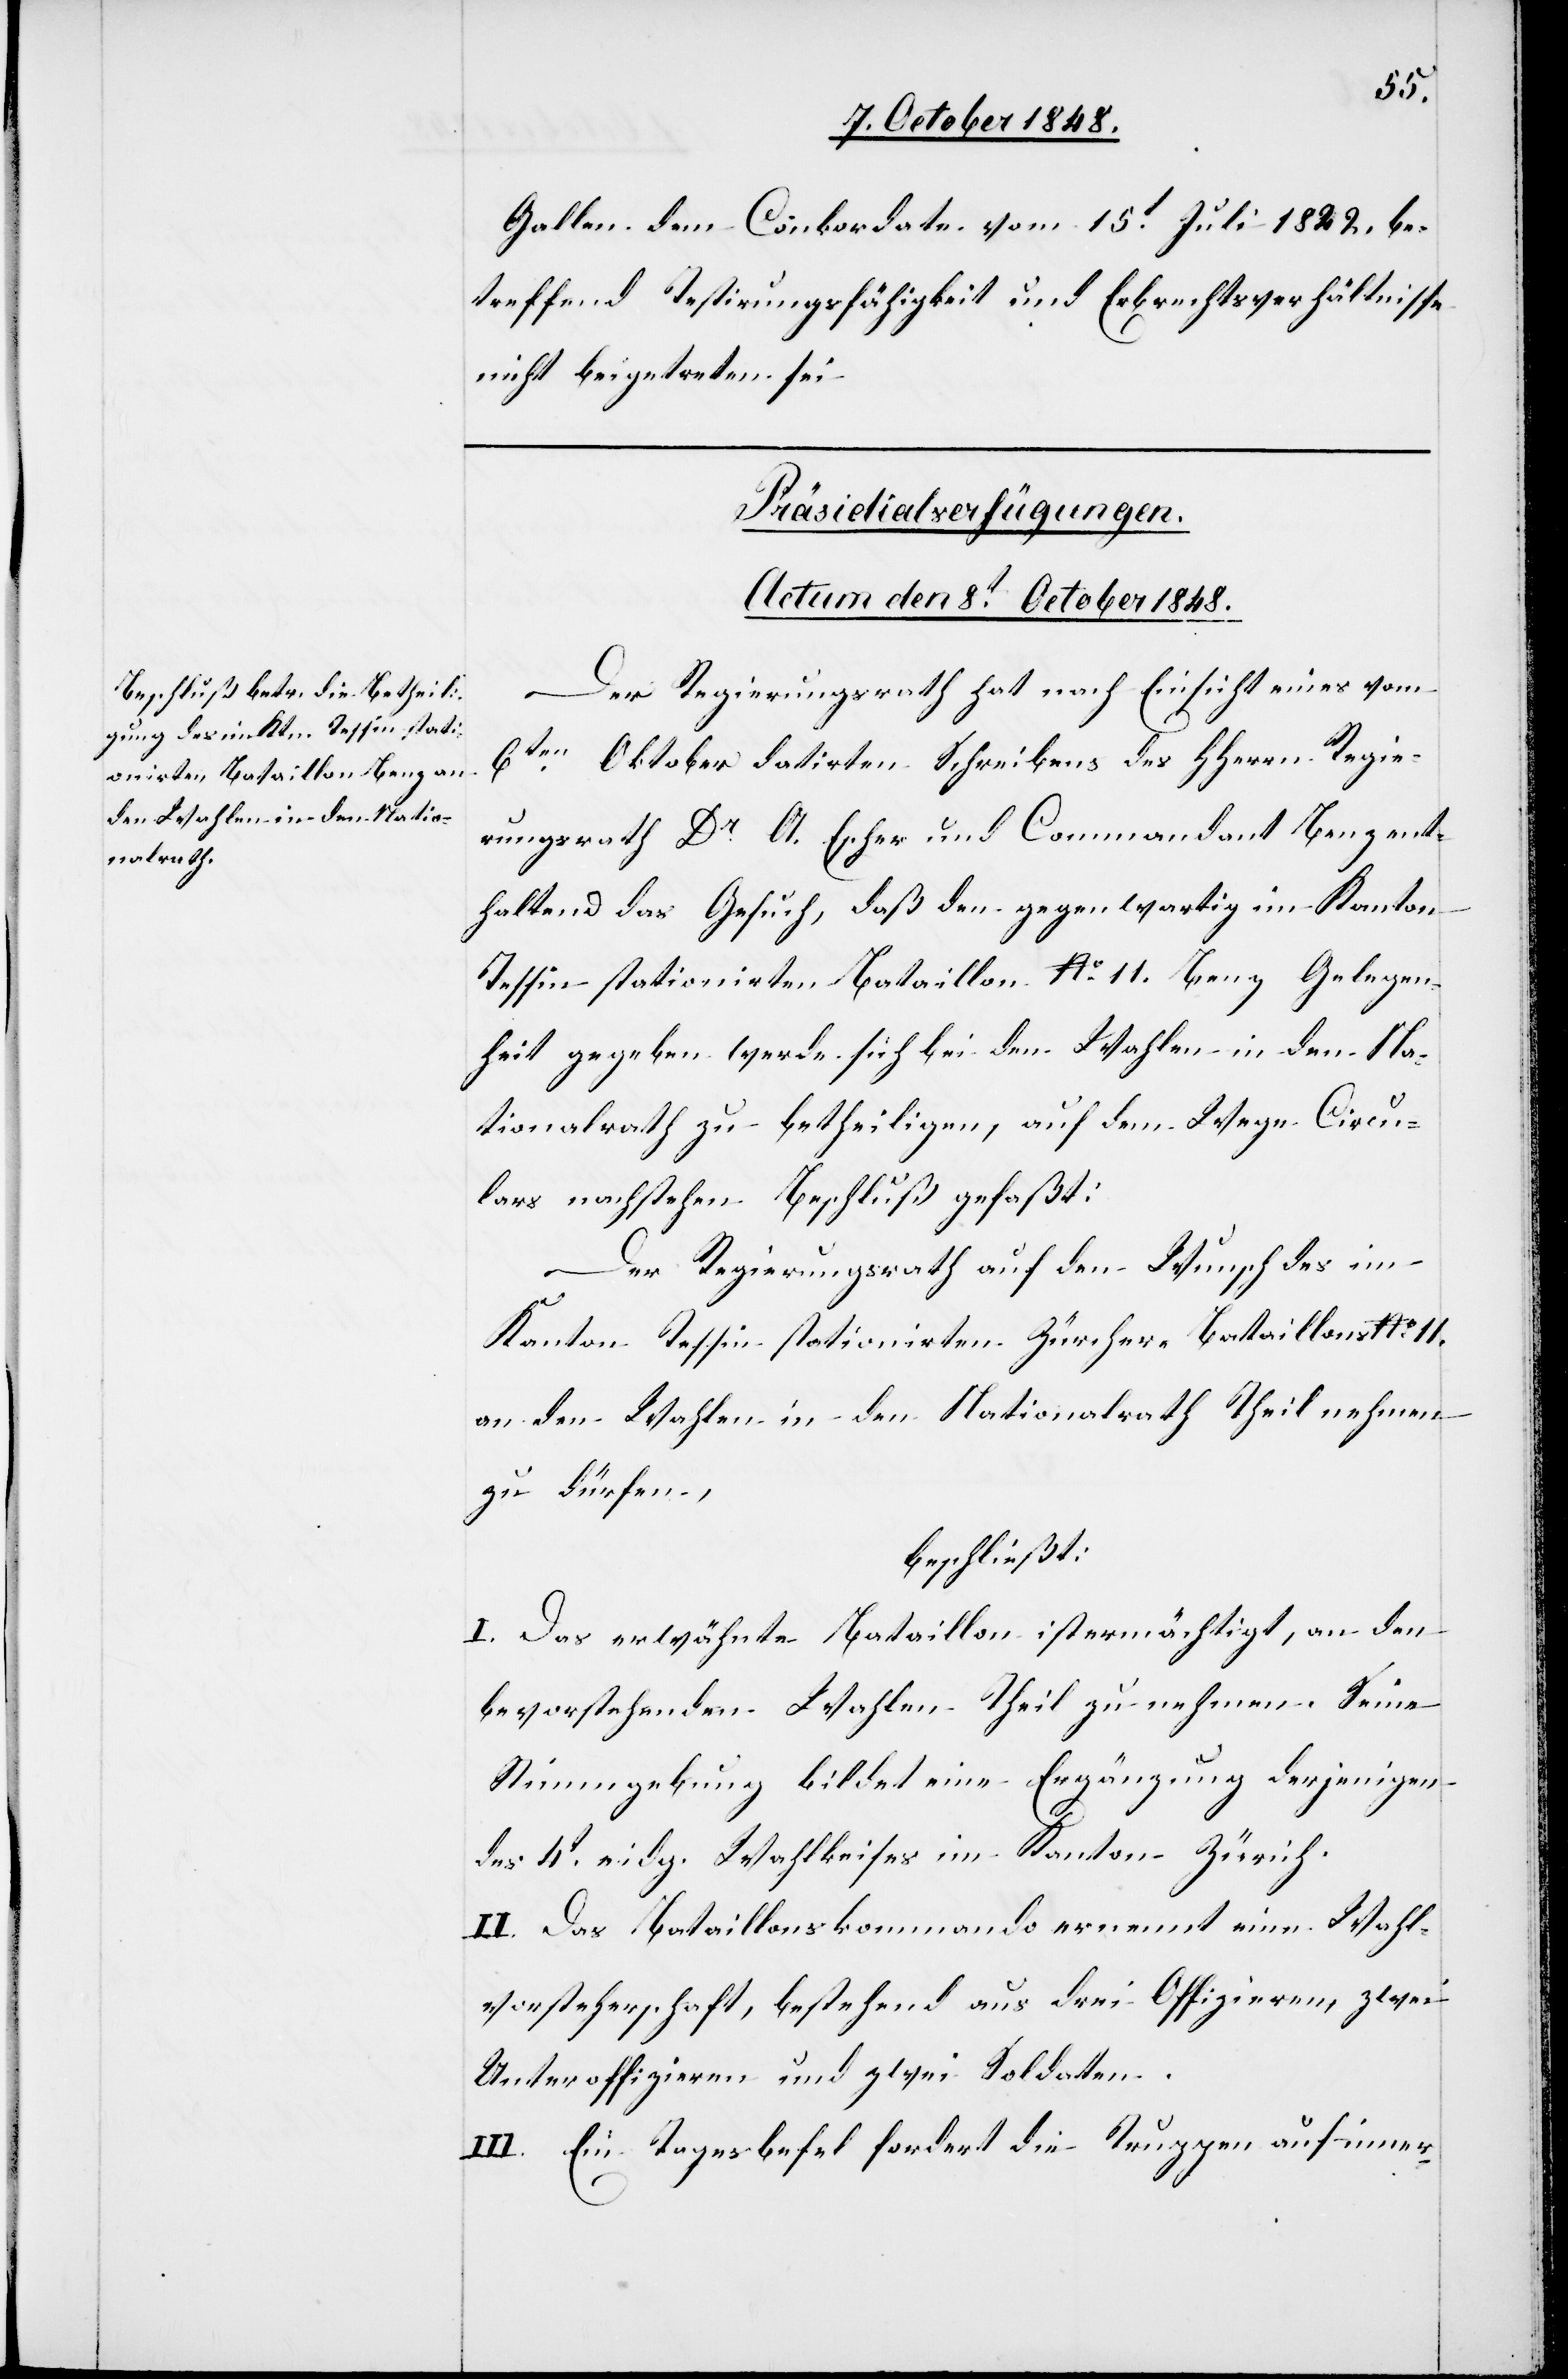
Gallen dem Conkordate vom 15t Juli 1822. be¬
treffend Testirungsfähigkeit und Erbsrechtsverhältnisse
nicht beigetreten sei.
Präsidialverfügungen.
Actum den 8t October 1848.
Der Regierungsrath hat nach Einsicht eines vom
6ten Oktober datirten Schreibens des HHerrn Regie¬
rungsrath Dr. A. Escher und Commandant Benz ent¬
haltend das Gesuch, daß den [sic!] gegenwartig im Kanton
Tessin stationirten Bataillon No. 11. Benz Gelegen¬
heit gegeben werde sich bei den Wahlen in den Na¬
tionalrath zu betheiligen, auf dem Wege Circu¬
lars nachstehen[den] Beschluß gefaßt:
Der Regierungsrath auf den Wunsch des im
Kanton Tessin stationirten Zürcher-Bataillons No. 11.
an den Wahlen in den Nationalrath Theil nehmen
zu dürfen,
beschließt:
I. Das erwähnte Bataillon ist ermächtigt, an den
bevorstehenden Wahlen Theil zu nehmen. Seine
Stimmgebung bildet eine Ergänzung derjenigen
des 4t eidg. Wahlkreises im Kanton Zürich.
II. Das Bataillonskommando ernennt eine Wahl¬
vorsteherschaft, bestehend aus drei Offizieren, zwei
Unteroffizieren und zwei Soldaten.
III. Ein Tagesbefehl fordert die Truppen auf inner-